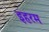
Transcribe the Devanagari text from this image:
इहरम